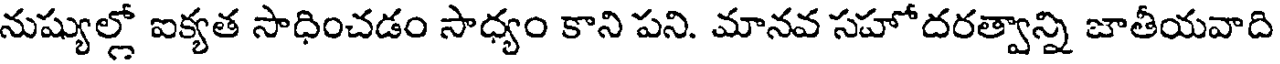
నుష్యుల్లో ఐక్యత సాధించడం సాధ్యం కాని పని. మానవ సహోదరత్వాన్ని జాతీయవాది